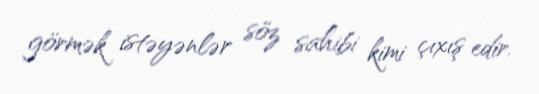
görmək istəyənlər söz sahibi kimi çıxış edir.